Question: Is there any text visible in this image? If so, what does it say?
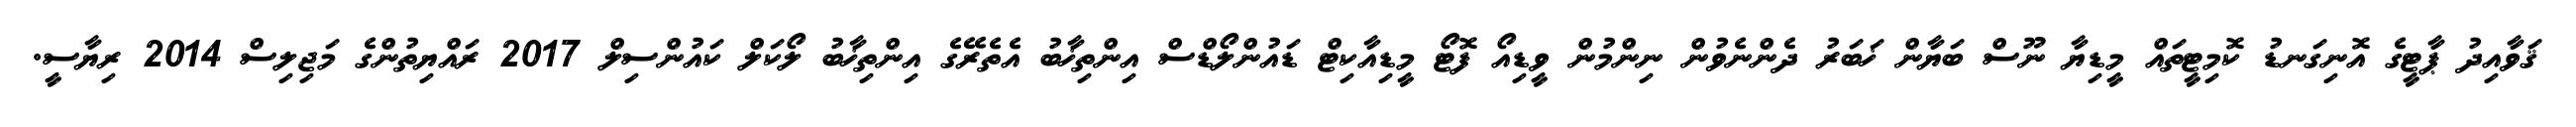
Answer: ޤަވާއިދު ޕާޓީގެ އޮނިގަނޑު ކޮމިޓީތައް މީޑިޔާ ނޫސް ބަޔާން ޚަބަރު ދެންނެވުން ނިންމުން ވީޑިއޯ ފޮޓޯ މީޑިއާކިޓް ޑައުންލޯޑްސް އިންތިޚާބު އެތެރޭގެ އިންތިޚާބު ލޯކަލް ކައުންސިލް 2017 ރައްޔިތުންގެ މަޖިލިސް 2014 ރިޔާސީ.